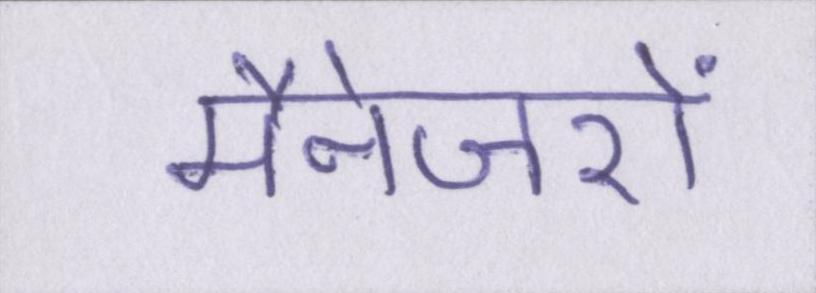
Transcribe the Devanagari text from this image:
मैनेजरों